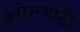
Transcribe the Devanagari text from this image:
ॲशेससाठी